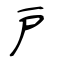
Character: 戸